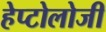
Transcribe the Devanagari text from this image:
हेप्टोलोजी